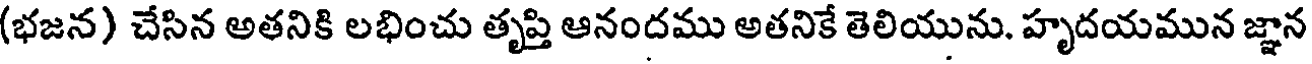
(భజన) చేసిన అతనికి లభించు తృప్తి ఆనందము అతనికే తెలియును. హృదయమున జ్ఞాన